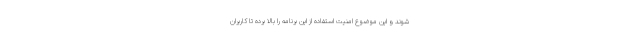
شوند و این موضوع امنیت استفاده از این برنامه را بالا برده تا کاربران